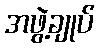
အဖွဲ့ချုပ်